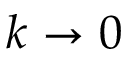
k \rightarrow 0